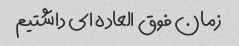
زمان فوق العاده ای داشتیم